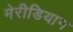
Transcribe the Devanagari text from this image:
मेरीडियान